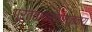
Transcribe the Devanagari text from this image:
गुरुत्वाकर्षणजन्य